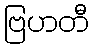
ဗြဟတီ